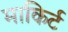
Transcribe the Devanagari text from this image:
माकिर्ट